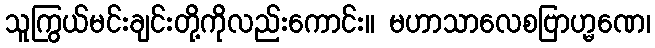
သူကြွယ်မင်းချင်းတို့ကိုလည်းကောင်း။ မဟာသာလေစဗြာဟ္မဏေ၊